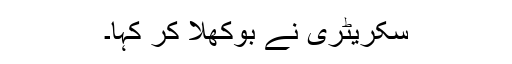
سکریٹری نے بوکھلا کر کہا۔